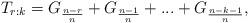
LaTeX: \begin{align*}T_{r:k} \overset{}{=} G_{\frac{n-r}{n}} + G_{\frac{n-1}{n}} + ... + G_{\frac{n-k-1}{n}},\end{align*}